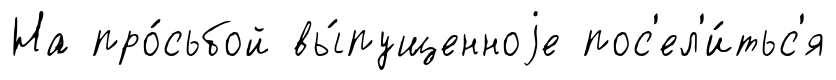
На про́сьбой вы́пущенноjе пос'ел'и́тьс'я